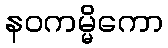
နဝကမ္မိကော